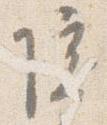
院